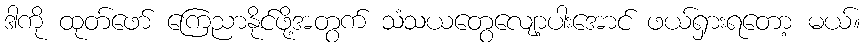
ဒါကို ထုတ်ဖော် ကြေညာနိုင်ဖို့အတွက် သံသယတွေလျော့ပါးအောင် ဖယ်ရှားရတော့ မယ်။